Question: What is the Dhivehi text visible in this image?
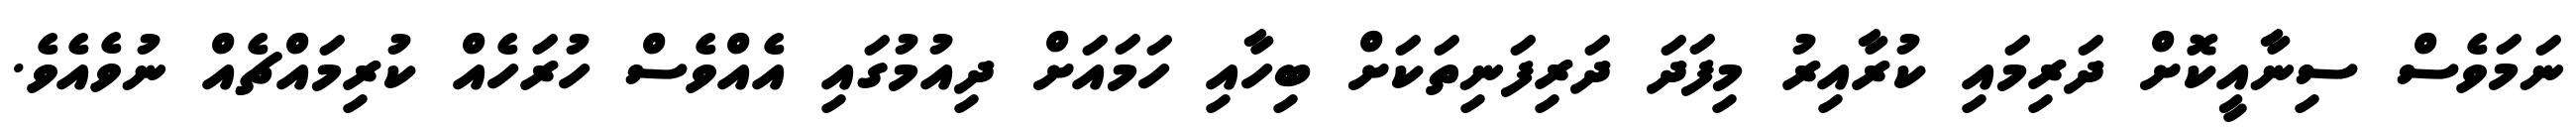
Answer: ނަމަވެސް ސިނާއީކޮށް ދަރިމައި ކުރާއިރު މިފަދަ ދަރިފަނިތަކަށް ބިހާއި ހަމައަށް ދިއުމުގައި އެއްވެސް ހުރަހެއް ކުރިމައްޗެއް ނުވެއެވެ.